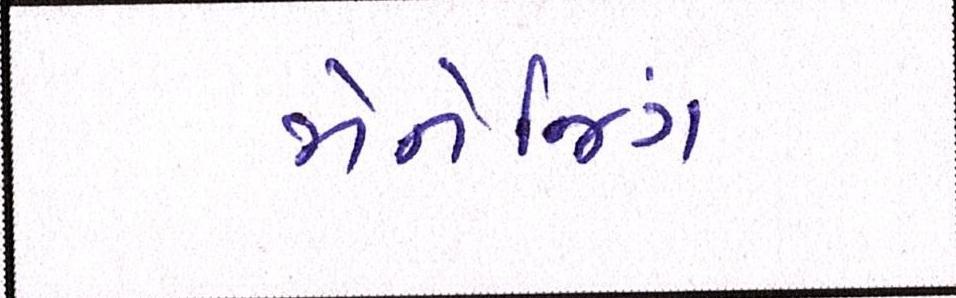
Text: મેનેજિંગ